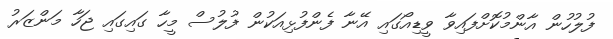
ފުލުހުން އާންމުކޮށްފައިވާ ވީޑިއޯގައި އޭނާ ފެންފުޅިއަކުން ފުލުސް މީހާ ގައިގައި ޖަހާ މަންޒަރު